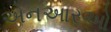
એનઆરઓ